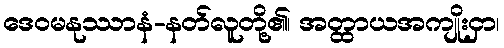
ဒေဝမနုဿာနံ-နတ်လူတို့၏၊ အတ္ထာယအကျိုးငှာ၊